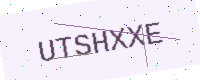
Text: UTSHXXE